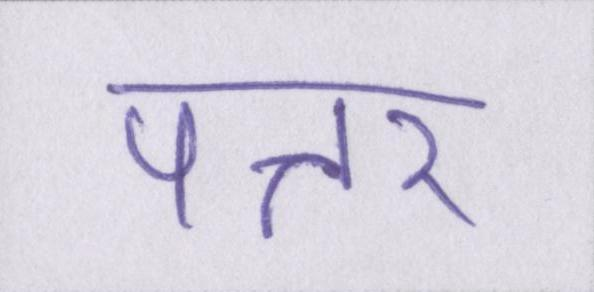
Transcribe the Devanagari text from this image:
पत्तर